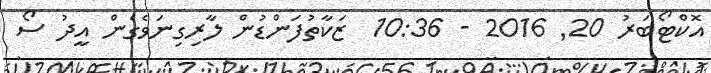
އޮކްޓޯބަރު 20